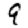
Digit: 9